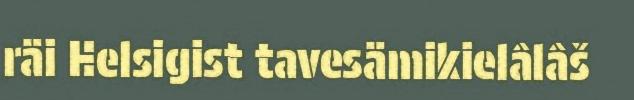
räi Helsigist tavesämikielâlâš